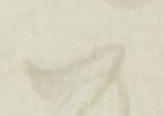
恐